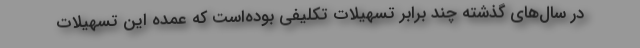
در سال‌های گذشته چند برابر تسهیلات تکلیفی بوده‌است که عمده این تسهیلات